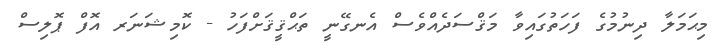
މިޙަމަލާ ދިނުމުގެ ފަހަތުގައިވާ މަޤްސަދެއްވެސް އެނގޭނީ ތަޙްޤީޤަށްފަހު - ކޮމިޝަނަރ އޮފް ޕޮލިސް